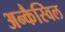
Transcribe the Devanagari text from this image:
अन्कैस्विल